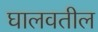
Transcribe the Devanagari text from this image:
घालवतील